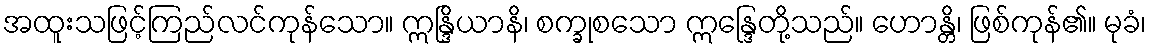
အထူးသဖြင့်ကြည်လင်ကုန်သော။ ဣန္ဒြိယာနိ၊ စက္ခုစသော ဣန္ဒြေတို့သည်။ ဟောန္တိ၊ ဖြစ်ကုန်၏။ မုခံ၊